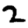
Digit: 2